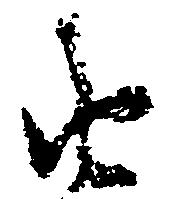
由